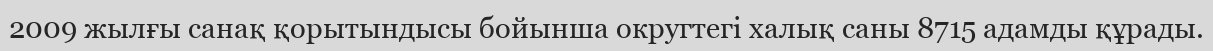
2009 жылғы санақ қорытындысы бойынша округтегі халық саны 8715 адамды құрады.